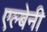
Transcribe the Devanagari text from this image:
एल्बेनी